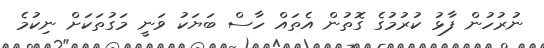
ނުރުހުން ފާޅު ކުރުމުގެ ގޮތުން އެތައް ހާސް ބަޔަކު ވަނީ މަގުތަކަށް ނިކުމެ